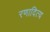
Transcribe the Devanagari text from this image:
रणादित्य